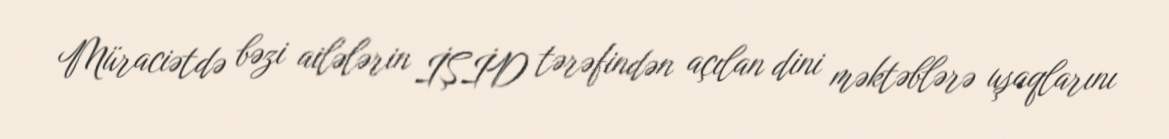
Müraciətdə bəzi ailələrin İŞİD tərəfindən açılan dini məktəblərə uşaqlarını